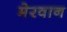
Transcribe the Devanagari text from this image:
मेरवान